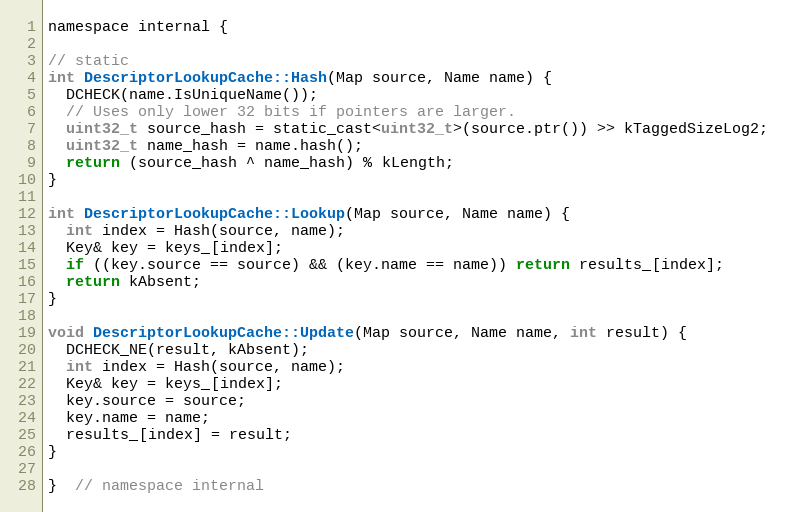
Language: C
namespace internal {

// static
int DescriptorLookupCache::Hash(Map source, Name name) {
  DCHECK(name.IsUniqueName());
  // Uses only lower 32 bits if pointers are larger.
  uint32_t source_hash = static_cast<uint32_t>(source.ptr()) >> kTaggedSizeLog2;
  uint32_t name_hash = name.hash();
  return (source_hash ^ name_hash) % kLength;
}

int DescriptorLookupCache::Lookup(Map source, Name name) {
  int index = Hash(source, name);
  Key& key = keys_[index];
  if ((key.source == source) && (key.name == name)) return results_[index];
  return kAbsent;
}

void DescriptorLookupCache::Update(Map source, Name name, int result) {
  DCHECK_NE(result, kAbsent);
  int index = Hash(source, name);
  Key& key = keys_[index];
  key.source = source;
  key.name = name;
  results_[index] = result;
}

}  // namespace internal